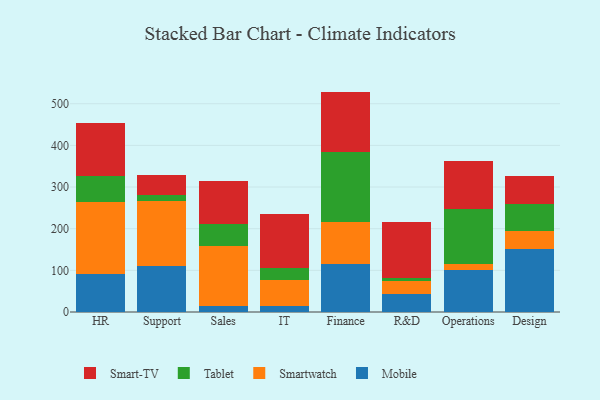
{"axis": {"x": "Department", "y": "LTV (USD)"}, "legend": ["Mobile", "Smart-TV", "Smartwatch", "Tablet"], "data": [{"x": "HR", "y": 91.0, "type": "Mobile"}, {"x": "HR", "y": 173.6, "type": "Smartwatch"}, {"x": "HR", "y": 61.8, "type": "Tablet"}, {"x": "HR", "y": 127.4, "type": "Smart-TV"}, {"x": "Support", "y": 109.8, "type": "Mobile"}, {"x": "Support", "y": 155.8, "type": "Smartwatch"}, {"x": "Support", "y": 15.4, "type": "Tablet"}, {"x": "Support", "y": 48.9, "type": "Smart-TV"}, {"x": "Sales", "y": 14.5, "type": "Mobile"}, {"x": "Sales", "y": 143.9, "type": "Smartwatch"}, {"x": "Sales", "y": 52.5, "type": "Tablet"}, {"x": "Sales", "y": 103.4, "type": "Smart-TV"}, {"x": "IT", "y": 14.3, "type": "Mobile"}, {"x": "IT", "y": 62.6, "type": "Smartwatch"}, {"x": "IT", "y": 29.1, "type": "Tablet"}, {"x": "IT", "y": 129.0, "type": "Smart-TV"}, {"x": "Finance", "y": 116.4, "type": "Mobile"}, {"x": "Finance", "y": 99.3, "type": "Smartwatch"}, {"x": "Finance", "y": 168.0, "type": "Tablet"}, {"x": "Finance", "y": 145.4, "type": "Smart-TV"}, {"x": "R&D", "y": 42.2, "type": "Mobile"}, {"x": "R&D", "y": 31.5, "type": "Smartwatch"}, {"x": "R&D", "y": 8.6, "type": "Tablet"}, {"x": "R&D", "y": 134.3, "type": "Smart-TV"}, {"x": "Operations", "y": 101.9, "type": "Mobile"}, {"x": "Operations", "y": 12.8, "type": "Smartwatch"}, {"x": "Operations", "y": 133.0, "type": "Tablet"}, {"x": "Operations", "y": 114.5, "type": "Smart-TV"}, {"x": "Design", "y": 151.8, "type": "Mobile"}, {"x": "Design", "y": 42.3, "type": "Smartwatch"}, {"x": "Design", "y": 65.6, "type": "Tablet"}, {"x": "Design", "y": 67.5, "type": "Smart-TV"}]}